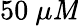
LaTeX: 50~\mu\mathit{M}